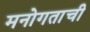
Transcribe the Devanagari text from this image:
मनोगताची